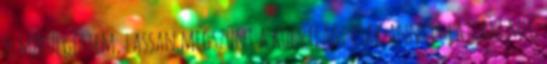
elmerülgettem, lassan megszűnt a külvilág, csak annyit láttam még